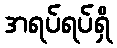
အရပ်ရပ်ရှိ